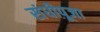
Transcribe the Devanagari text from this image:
संधीपूजा